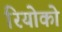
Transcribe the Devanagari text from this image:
रियोको